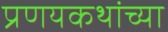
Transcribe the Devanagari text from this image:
प्रणयकथांच्या